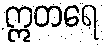
ဣတရေ